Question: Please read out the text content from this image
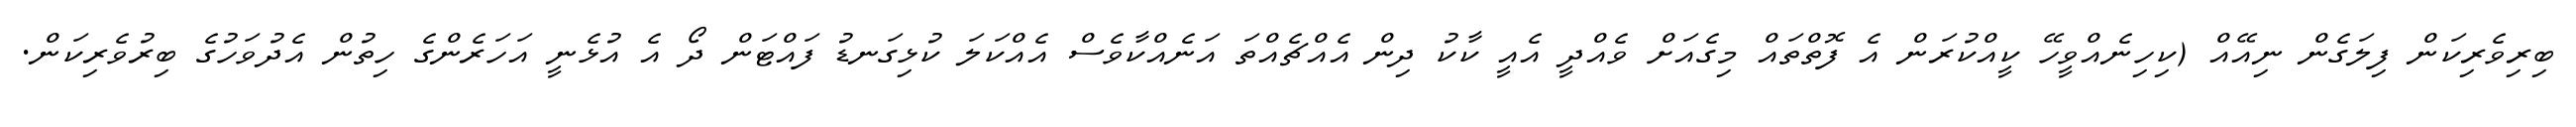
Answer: ބިރިވެރިކަން ފިލަގެން ނިއޭއް (ކިހިނެއްވީހޭ ކީއްކުރަން އެ ފޮތްތައް މިގެއަށް ވެއްދީ އެއީ ކާކު ދިން އެއްޗެއްތަ އަނެއްކާވެސް އެއްކަލަ ކުޅިގަނޑު ފައްޓަން ދޯ އެ އުޅެނީ އަހަރެންގެ ހިތުން އެދުވަހުގެ ބިރުވެރިކަން.